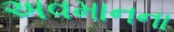
અવમાનના